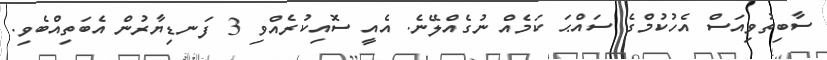
ސާބިތުވިއަސް އެހުކުމްގެ ސައްޙަ ކަމެއް ނުގެއްލޭނެ. އެއީ ސޮއިކުރެއްވި 3 ފަނޑިޔާރުން އެބަތިއްބެވި.